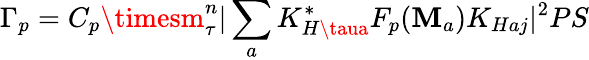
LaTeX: \Gamma_{p}=C_{p}\timesm_{\tau}^{n}|\sum_{a}K_{H\taua}^{*}F_{p}(\mathbf{M}_{a})K_{Haj}|^{2}PS